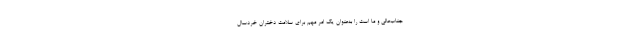
جناب‌عالی و ما است را به‌عنوان یک امر مهم برای سلامت دختران خردسال